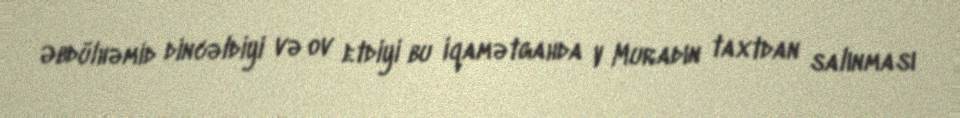
Əbdülhəmid dincəldiyi və ov etdiyi bu iqamətgahda V Muradın taxtdan salınması